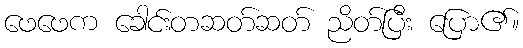
ဖေဖေက ခေါင်းတဆတ်ဆတ် ညိတ်ပြီး ပြော၏။